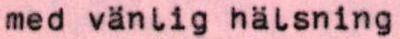
med vänlig hälsning